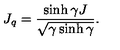
J _ { q } = \displaystyle \frac { \sinh \gamma J } { \sqrt { \gamma \sinh \gamma } } .